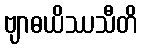
ဗျာဓယိဿသီတိ